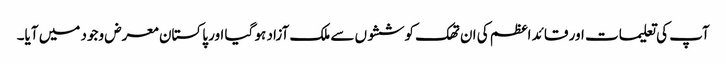
آپ کی تعلیمات اور قائد اعظم کی ان تھک کوششوں سے ملک آزاد ہو گیا اور پاکستان معرض وجود میں آیا۔